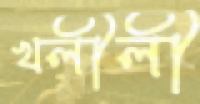
খলীলী